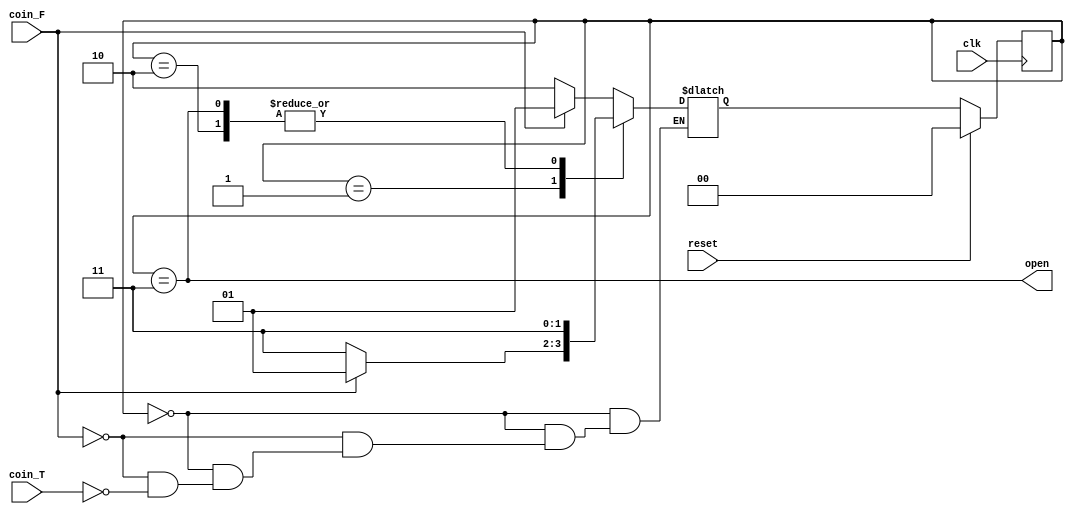
module fsm_vendingmachine(open,clk,reset, coin_T,coin_F);
input clk, reset;
input coin_T,coin_F;
output open;
reg [1:0] next_state;
reg[1:0]  state;
parameter [1:0] FIRST= 2'b00;
parameter [1:0] SECOND= 2'b01;
parameter [1:0] THIRD = 2'b10;
parameter [1:0] FOURTH=2'b11;
always @(posedge clk) // sequential
begin
if (reset) state <= FIRST;
else state <= next_state;
end

always @(state,coin_T,coin_F) // combinational
begin
case(state)
FIRST: if (coin_F)
 	next_state = SECOND;
	else if (coin_T) next_state = THIRD;
SECOND: if (coin_F)
	next_state = SECOND;
	else 	next_state = FOURTH;
THIRD: if (coin_F) 
	next_state = FOURTH;
	else 	next_state = FOURTH;
FOURTH: if (coin_F) 
	next_state =  FOURTH;
	else 	next_state =  FOURTH;
	endcase end
// output logic described using continuous assignment

assign open = (state ==  FOURTH);


endmodule